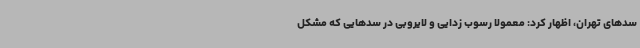
سدهای تهران، اظهار کرد: معمولا رسوب زدایی و لایروبی در سدهایی که مشکل